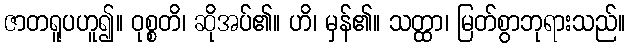
ဇာတရူပဟူ၍။ ဝုစ္စတိ၊ ဆိုအပ်၏။ ဟိ၊ မှန်၏။ သတ္ထာ၊ မြတ်စွာဘုရားသည်။